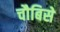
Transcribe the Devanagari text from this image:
चौबिसे